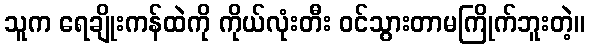
သူက ရေချိုးကန်ထဲကို ကိုယ်လုံးတီး ဝင်သွားတာမကြိုက်ဘူးတဲ့။